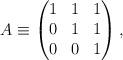
LaTeX: \begin{align*} A\equiv\begin{pmatrix} 1 & 1 & 1\\ 0 & 1 & 1\\ 0 & 0 & 1 \end{pmatrix}, \end{align*}